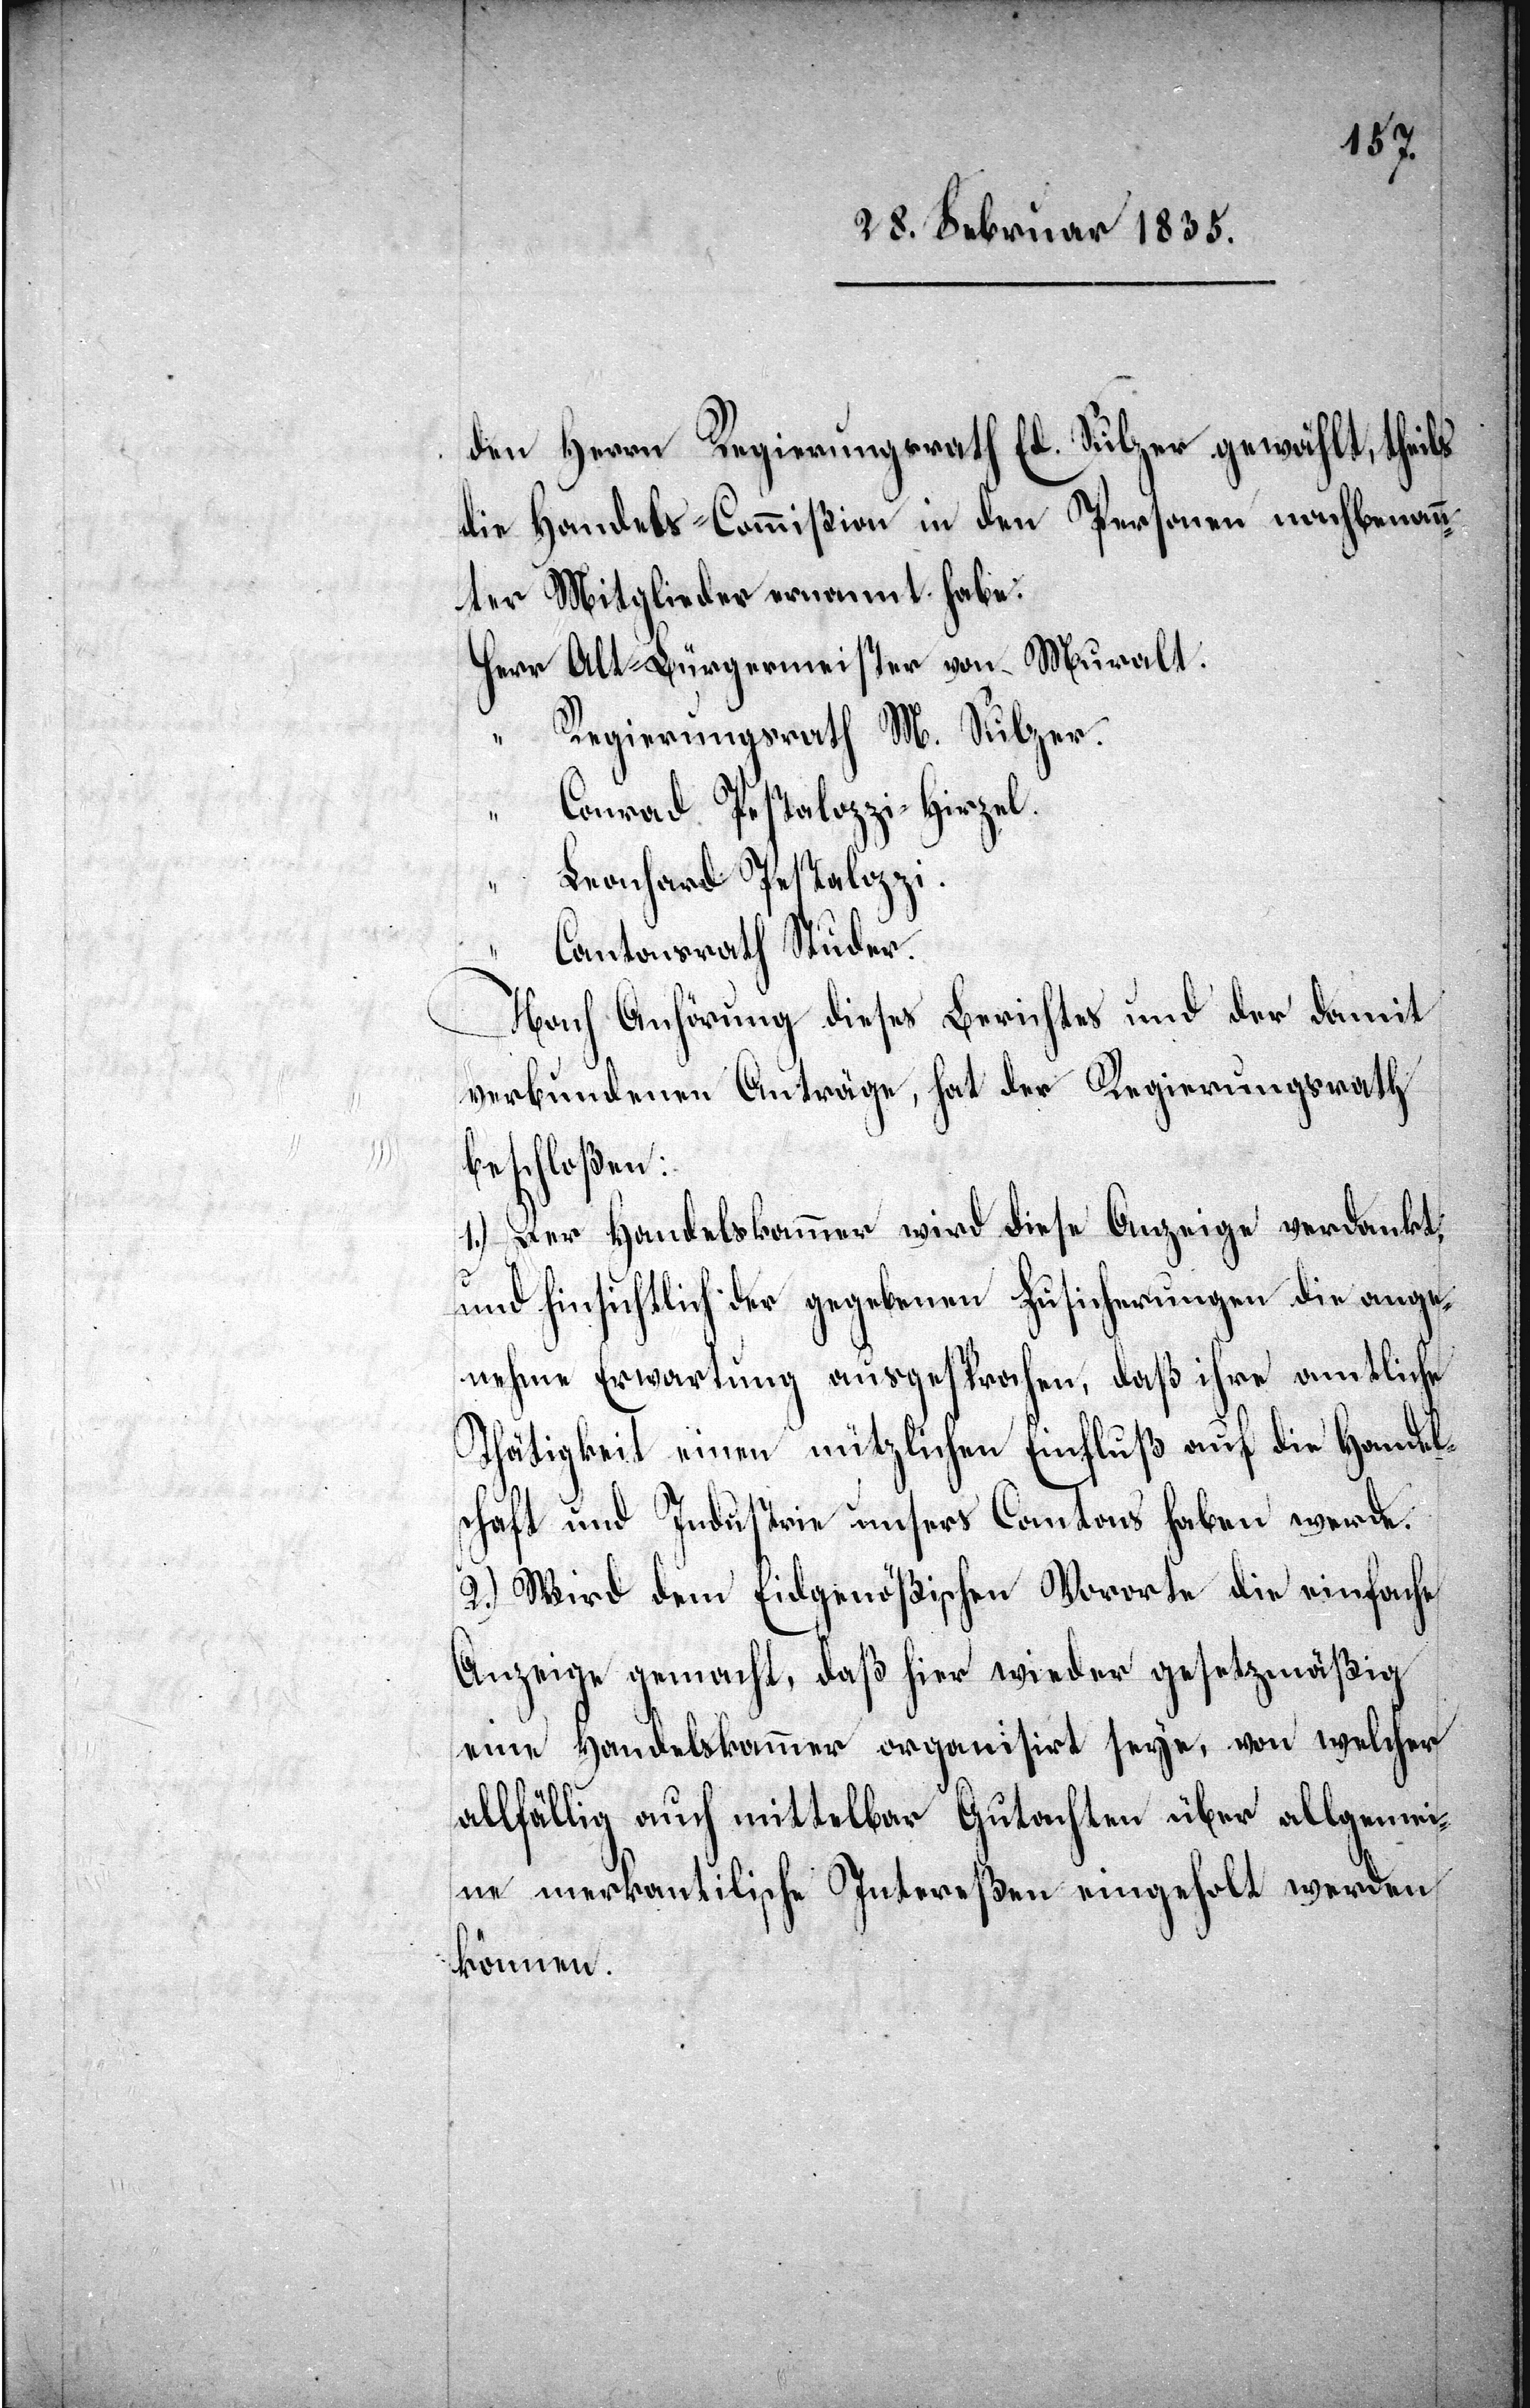
den Herrn Regierungsrath Ed. Sulzer gewählt, theils
die Handels-Commißion in den Personen nachbenann¬
ter Mitglieder ernannt habe:
Herr Alt-Bürgermeister von Muralt.
Regierungsrath M. Sulzer.
Conrad Pestalozzi-Hirzel.
Leonhard Pestalozzi.
Cantonsrath Studer.
Nach Anhörung dieses Berichtes und der damit
verbundenen Anträge hat der Regierungsrath
beschloßen:
1.) Der Handelskammer wird diese Anzeige verdankt,
und hinsichtlich der gegebenen Zusicherungen die ange¬
nehme Erwartung ausgesprochen, daß ihre amtliche
Thätigkeit einen nützlichen Einfluß auf die Handel¬
schaft und Industrie unsers Cantons haben werde.
2.) Wird dem Eidgenößischen Vororte die einfache
Anzeige gemacht, daß hier wieder gesetzmäßig
eine Handelskammer organisirt seye, von welcher
allfällig auch mittelbar Gutachten über allgemei¬
ne merkantilische Intereßen eingeholt werden
können.